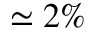
\simeq 2 \%